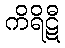
ကိရိဋီ